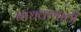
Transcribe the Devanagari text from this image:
बांधवासाठी